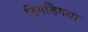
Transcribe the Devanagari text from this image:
डिगडिगया